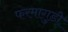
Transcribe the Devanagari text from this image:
फरमागुडी